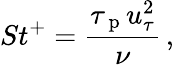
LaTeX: St^{+}=\frac{\tau_{\mathrm{~p~}}u_{\tau}^{2}}{\nu}\, ,